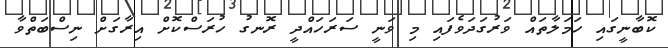
ކޮބާނީގައި ހަމަލާތައް ވަރުގަދަވެފައި މި ވަނީ ސަރަހައްދީ ރޮނގު ހުރަސްކޮށް އިރާގަށް ނިސްބަތްވާ